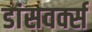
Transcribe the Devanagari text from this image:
डांसवर्क्स